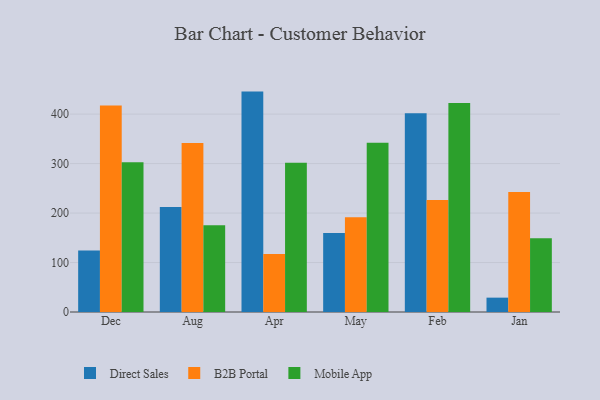
{"axis": {"x": "Month", "y": "Market Share (%)"}, "legend": ["B2B Portal", "Direct Sales", "Mobile App"], "data": [{"x": "Dec", "y": 124.2, "type": "Direct Sales"}, {"x": "Dec", "y": 417.3, "type": "B2B Portal"}, {"x": "Dec", "y": 302.5, "type": "Mobile App"}, {"x": "Aug", "y": 212.0, "type": "Direct Sales"}, {"x": "Aug", "y": 341.7, "type": "B2B Portal"}, {"x": "Aug", "y": 175.5, "type": "Mobile App"}, {"x": "Apr", "y": 445.5, "type": "Direct Sales"}, {"x": "Apr", "y": 117.0, "type": "B2B Portal"}, {"x": "Apr", "y": 301.7, "type": "Mobile App"}, {"x": "May", "y": 159.5, "type": "Direct Sales"}, {"x": "May", "y": 191.5, "type": "B2B Portal"}, {"x": "May", "y": 342.3, "type": "Mobile App"}, {"x": "Feb", "y": 401.7, "type": "Direct Sales"}, {"x": "Feb", "y": 226.3, "type": "B2B Portal"}, {"x": "Feb", "y": 422.5, "type": "Mobile App"}, {"x": "Jan", "y": 29.0, "type": "Direct Sales"}, {"x": "Jan", "y": 242.4, "type": "B2B Portal"}, {"x": "Jan", "y": 149.2, "type": "Mobile App"}]}